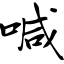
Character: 喊